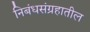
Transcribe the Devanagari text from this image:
निबंधसंग्रहातील